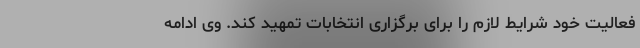
فعالیت خود شرایط لازم را برای برگزاری انتخابات تمهید کند. وی ادامه